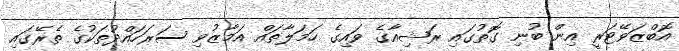
އޮބްޒަވޭޓަރީ އިން ބުނި ގޮތުގައި ރަޝިއާގެ ވައިގެ ހަމަލާތައް އަމާޒުވި ސަރަހައްދުތަކުގެ ތެރޭގައި